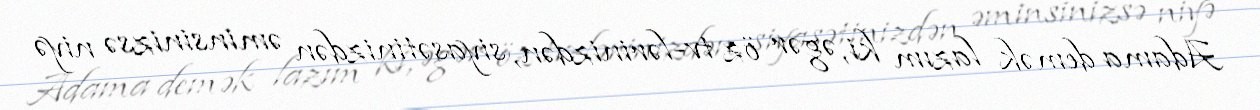
Adama demək lazım ki, əgər öz tv-lərinizdən, siyasətinizdən əminsinizsə niyə